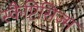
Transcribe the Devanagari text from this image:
स्कैप्टिसिज्म